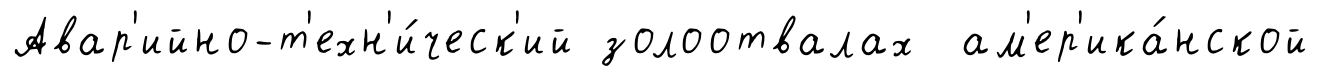
Авар'ийно-т'ехн'и́ческ'ий золоотвалах ам'ер'ика́нской